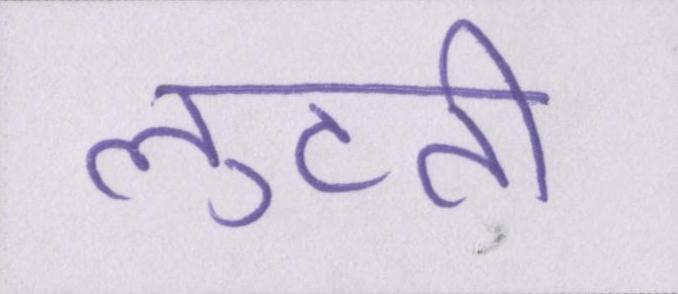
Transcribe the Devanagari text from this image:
लुटती